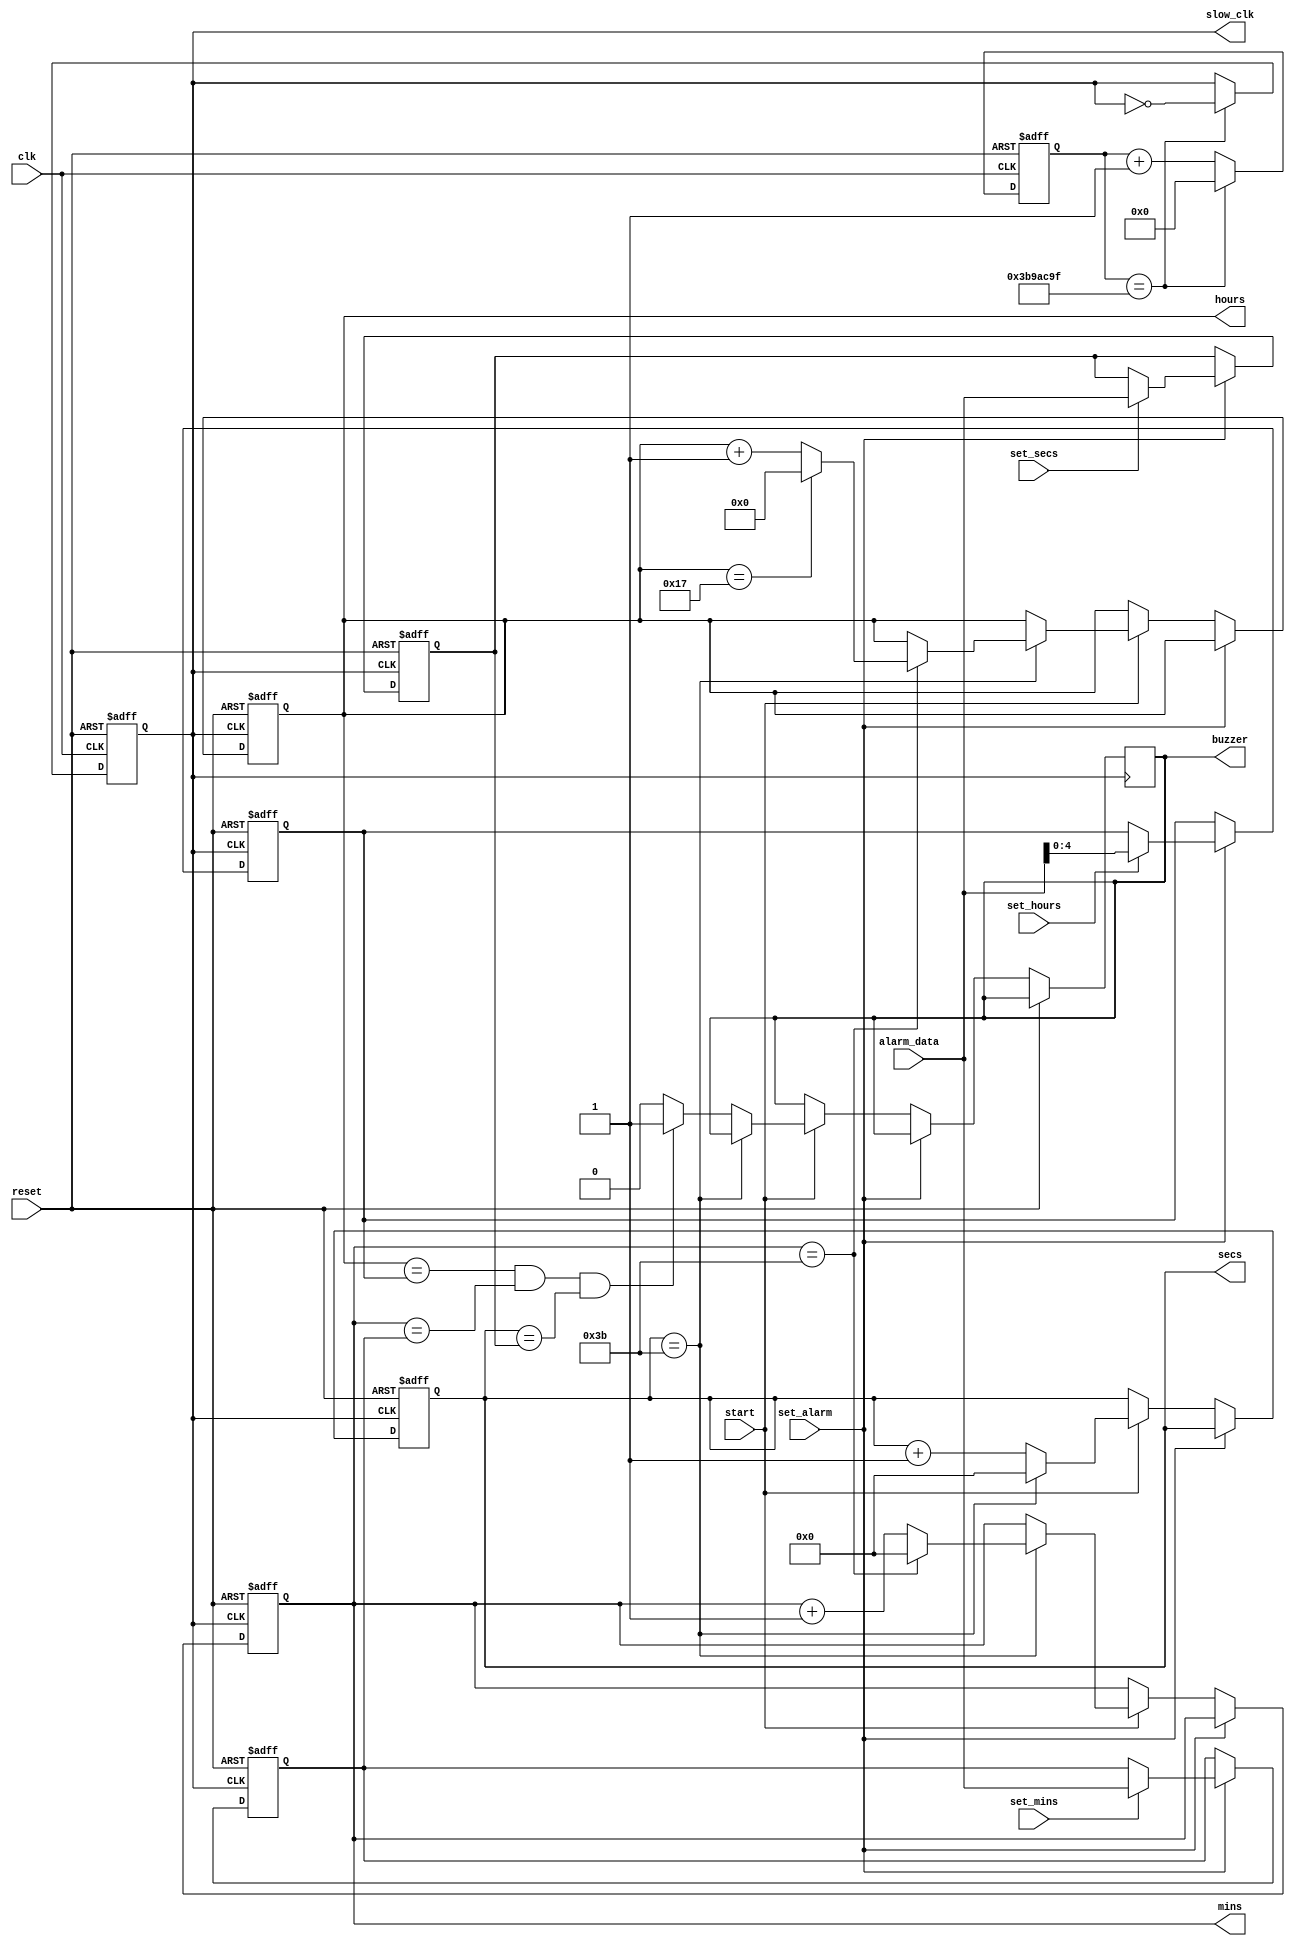
module clock(
    input  clk,               // High frequency system clock from FPGA
    input  reset,             // Reset input
    input  set_alarm,         // Flag to set the alarm
    input  [5:0] alarm_data,  // Input for setting alarm hours, minutes, or seconds
    input  start,             // Start the clock
    input  set_hours,         // Flag to load hours
    input  set_mins,          // Flag to load minutes
    input  set_secs,          // Flag to load seconds
    output reg slow_clk,
    output reg buzzer,        // Alarm buzzer output
    output reg [4:0] hours,   // Output for hours (5 bits)
    output reg [5:0] mins,    // Output for minutes (6 bits)
    output reg [5:0] secs     // Output for seconds (6 bits)
);

// Internal registers to hold the current time
reg [4:0] alarm_hours_reg;
reg [5:0] alarm_mins_reg;
reg [5:0] alarm_secs_reg;

// Clock Divider Implementation
// 125 MHz to 1 Hz clock divider (assuming a 125 MHz input clock)
reg [26:0] count = 0;   // 27-bit counter for 125 million count
parameter DIVIDE_BY = 125000000 / 2;  // Half of 125 million for toggle at each 0.5 seconds
//reg slow_clk = 0;

always @(posedge clk or posedge reset) begin
    if (reset) begin
        count <= 0;
        slow_clk <= 0;
    end else begin
        if (count == DIVIDE_BY - 1) begin
            count <= 0;
            slow_clk <= ~slow_clk;  // Toggle the slow clock
        end else begin
            count <= count + 1;
        end
    end
end

// Use slow_clk for your time-keeping logic
always @(posedge slow_clk or posedge reset) begin
    if (reset) begin
        secs <= 6'b000000;
        mins <= 6'b000000;
        hours <= 5'b00000;
        alarm_hours_reg <= 5'b00000;
        alarm_mins_reg <= 6'b000000;
        alarm_secs_reg <= 6'b000000;
    end else if (set_alarm) begin
        if (set_hours) alarm_hours_reg <= alarm_data[4:0];  // Load hours
        if (set_mins) alarm_mins_reg <= alarm_data;         // Load minutes
        if (set_secs) alarm_secs_reg <= alarm_data;         // Load seconds
    end else if (start) begin
        if (secs == 6'b111011) begin  // 59 in binary
            secs <= 6'b000000;  // Reset seconds
            if (mins == 6'b111011) begin  // 59 in binary
                mins <= 6'b000000;  // Reset minutes
                if (hours == 5'b10111) begin  // 23 in binary
                    hours <= 5'b00000;  // Reset hours
                end else begin
                    hours <= hours + 1'b1;  // Increment hours
                end
            end else begin
                mins <= mins + 1'b1;  // Increment minutes
            end
        end else begin
            secs <= secs + 1'b1;  // Increment seconds
            if (hours == alarm_hours_reg && mins == alarm_mins_reg && secs == alarm_secs_reg) begin
                buzzer <= 1;  // Activate buzzer
            end else begin
                buzzer <= 0;  // Deactivate buzzer
            end
        end
    end
end

endmodule